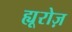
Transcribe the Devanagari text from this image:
ह्यूरोज़